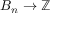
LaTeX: B _ { n } \to \mathbb { Z }